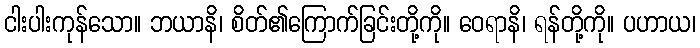
ငါးပါးကုန်သော။ ဘယာနိ၊ စိတ်၏ကြောက်ခြင်းတို့ကို။ ဝေရာနိ၊ ရန်တို့ကို။ ပဟာယ၊